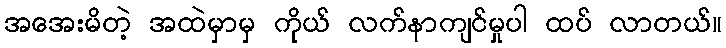
အအေးမိတဲ့ အထဲမှာမှ ကိုယ် လက်နာကျင်မှုပါ ထပ် လာတယ်။